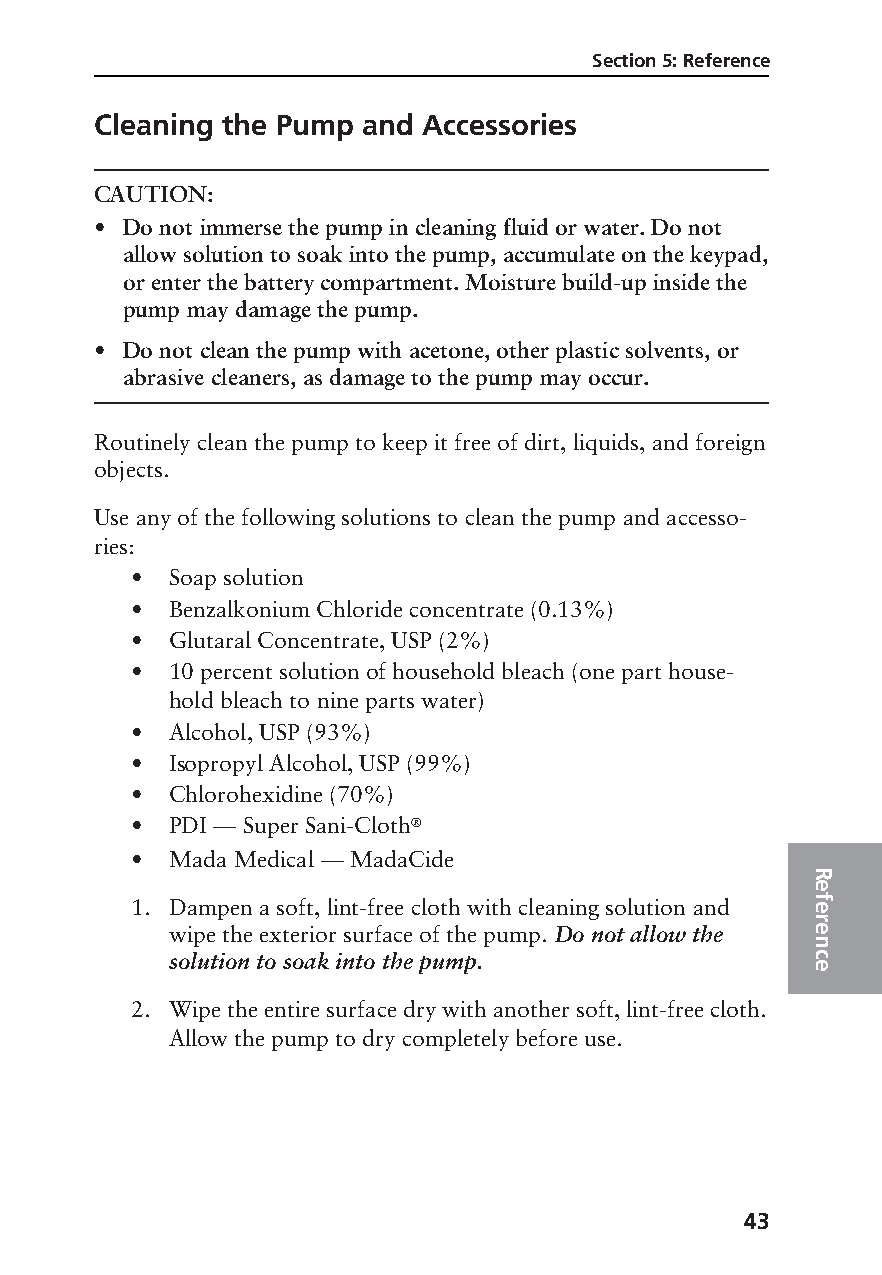
Section 5: Reference
 Cleaning the Pump and Accessories
 CAUTION:
 • Do not immerse the pump in cleaning fluid or water. Do not
 allow solution to soak into the pump, accumulate on the keypad,
 or enter the battery compartment. Moisture build-up inside the
 pump may damage the pump.
 • Do not clean the pump with acetone, other plastic solvents, or
 abrasive cleaners, as damage to the pump may occur.
 Routinely clean the pump to keep it free of dirt, liquids, and foreign
 objects.
 Use any of the following solutions to clean the pump and accesso-
 ries:
 • Soap solution
 • Benzalkonium Chloride concentrate (0.13%)
 • Glutaral Concentrate, USP (2%)
 • 10 percent solution of household bleach (one part house-
 hold bleach to nine parts water)
 • Alcohol, USP (93%)
 • Isopropyl Alcohol, USP (99%)
 • Chlorohexidine (70%)
 • PDI — Super Sani-Cloth®
 • Mada Medical — MadaCide
 R
 e
 1. Dampen a soft, lint-free cloth with cleaning solution and f e
 r
 wipe the exterior surface of the pump. Do not allow the e
 n
 solution to soak into the pump.            c
 e
 2. Wipe the entire surface dry with another soft, lint-free cloth.
 Allow the pump to dry completely before use.
 43
 PROOF (LR #3086), 2000-03-16 «3935-51D Manual, Legacy 1»